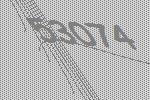
53074